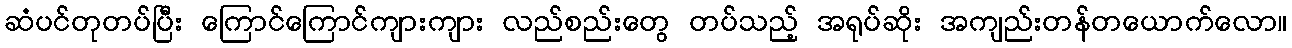
ဆံပင်တုတပ်ပြီး ကြောင်ကြောင်ကျားကျား လည်စည်းတွေ တပ်သည့် အရုပ်ဆိုး အကျည်းတန်တယောက်လော။